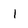
Character: I